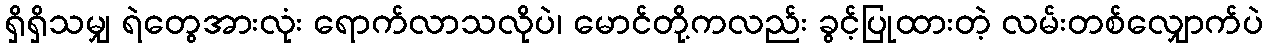
ရှိရှိသမျှ ရဲတွေအားလုံး ရောက်လာသလိုပဲ၊ မောင်တို့ကလည်း ခွင့်ပြုထားတဲ့ လမ်းတစ်လျှောက်ပဲ